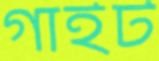
গাইট